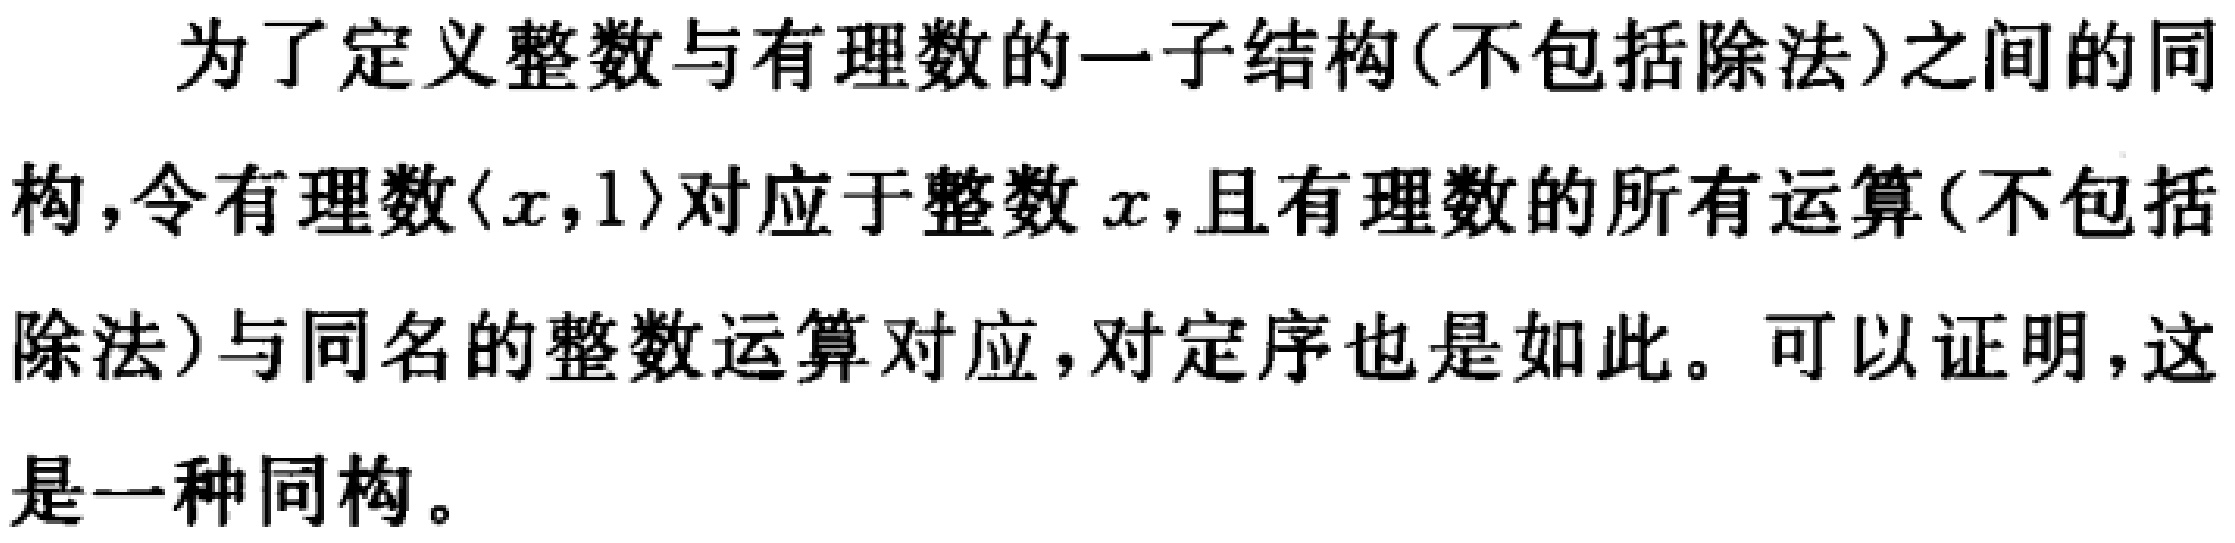
为了定义整数与有理数的一子结构(不包括除法)之间的同构，令有理数$\langle x,1\rangle$对应于整数$x$，且有理数的所有运算(不包括除法)与同名的整数运算对应，对定序也是如此。可以证明，这是一种同构。